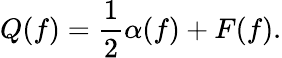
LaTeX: Q(f)={\frac{1}{2}}\alpha(f)+F(f).